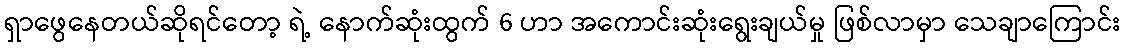
ရှာဖွေနေတယ်ဆိုရင်တော့ ရဲ့ နောက်ဆုံးထွက် 6 ဟာ အကောင်းဆုံးရွေးချယ်မှု ဖြစ်လာမှာ သေချာကြောင်း